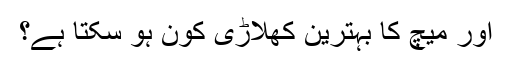
اور میچ کا بہترین کھلاڑی کون ہو سکتا ہے؟